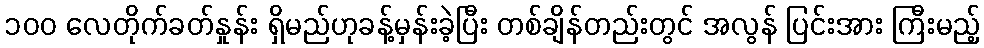
၁၀၀ လေတိုက်ခတ်နှုန်း ရှိမည်ဟုခန့်မှန်းခဲ့ပြီး တစ်ချိန်တည်းတွင် အလွန် ပြင်းအား ကြီးမည့်